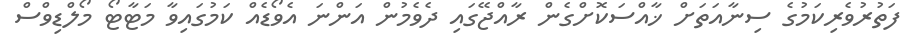
ފަތުރުވެރިކަމުގެ ސިނާއަތަށް ޚާއްސަކޮށްގެން ރާއްޖޭގައި ދެވެމުން އަންނަ އެވޯޑެއް ކަމުގައިވާ މަޓާޓޯ މޯލްޑިވްސް